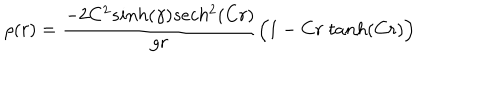
LaTeX: \rho ( r ) = { \frac { - 2 C ^ { 2 } s i n h ( \gamma ) s e c h ^ { 2 } ( C r ) } { g r } } \Big ( 1 - C r \; t a n h ( C r ) \Big )